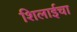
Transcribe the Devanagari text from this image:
शिलाईचा